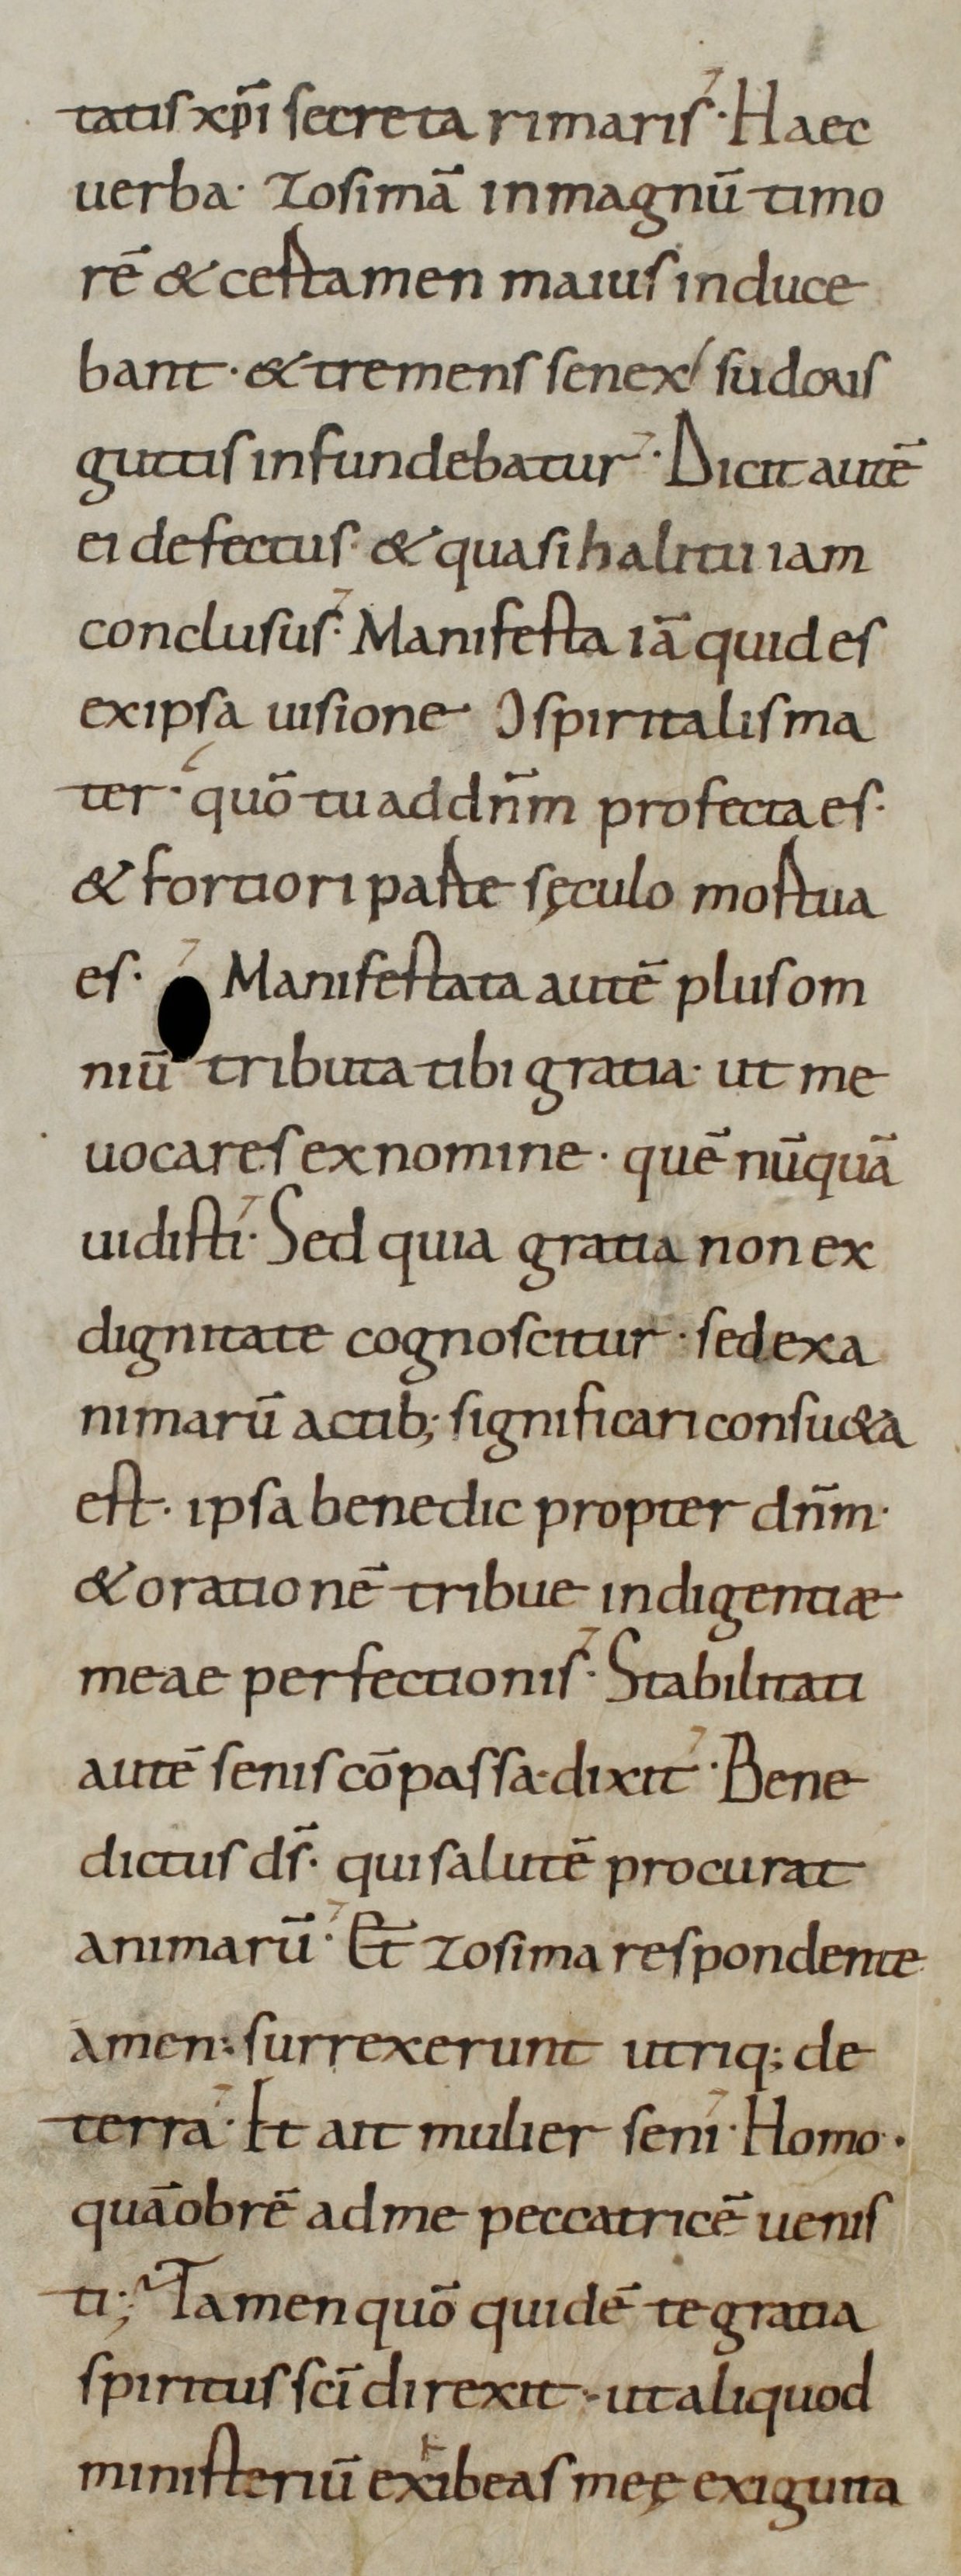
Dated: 800–999